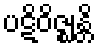
ပဋိဝိဇ္ဈန္တိ